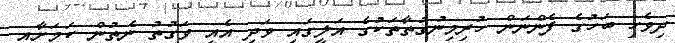
ދިވެހި ބަހުގެ ފެންނަން ހުރިމިނުގުތާތަކުގެ އަލީގައި ވަދި އެއީ ވަގުތު ނެތުން ކަމަށާއި